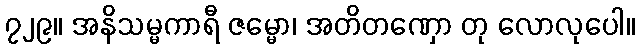
၇၂၉။ အနိသမ္မကာရီ ဇမ္မော၊ အတိတဏှော တု လောလုပေါ။